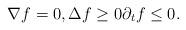
LaTeX: \begin{align*}\nabla f=0, \Delta f \geq 0 \partial_t f \leq 0.\end{align*}